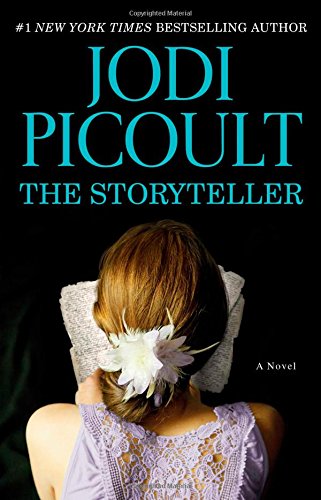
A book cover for The Storyteller; Jodi Picoult; Mystery, Thriller & Suspense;